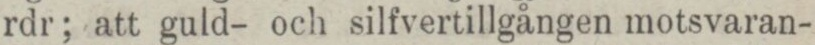
rdr; att guld- och silfvertillgången motsvaran-